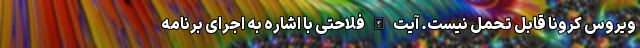
ویروس کرونا قابل تحمل نیست. آیت الله فلاحتی با اشاره به اجرای برنامه